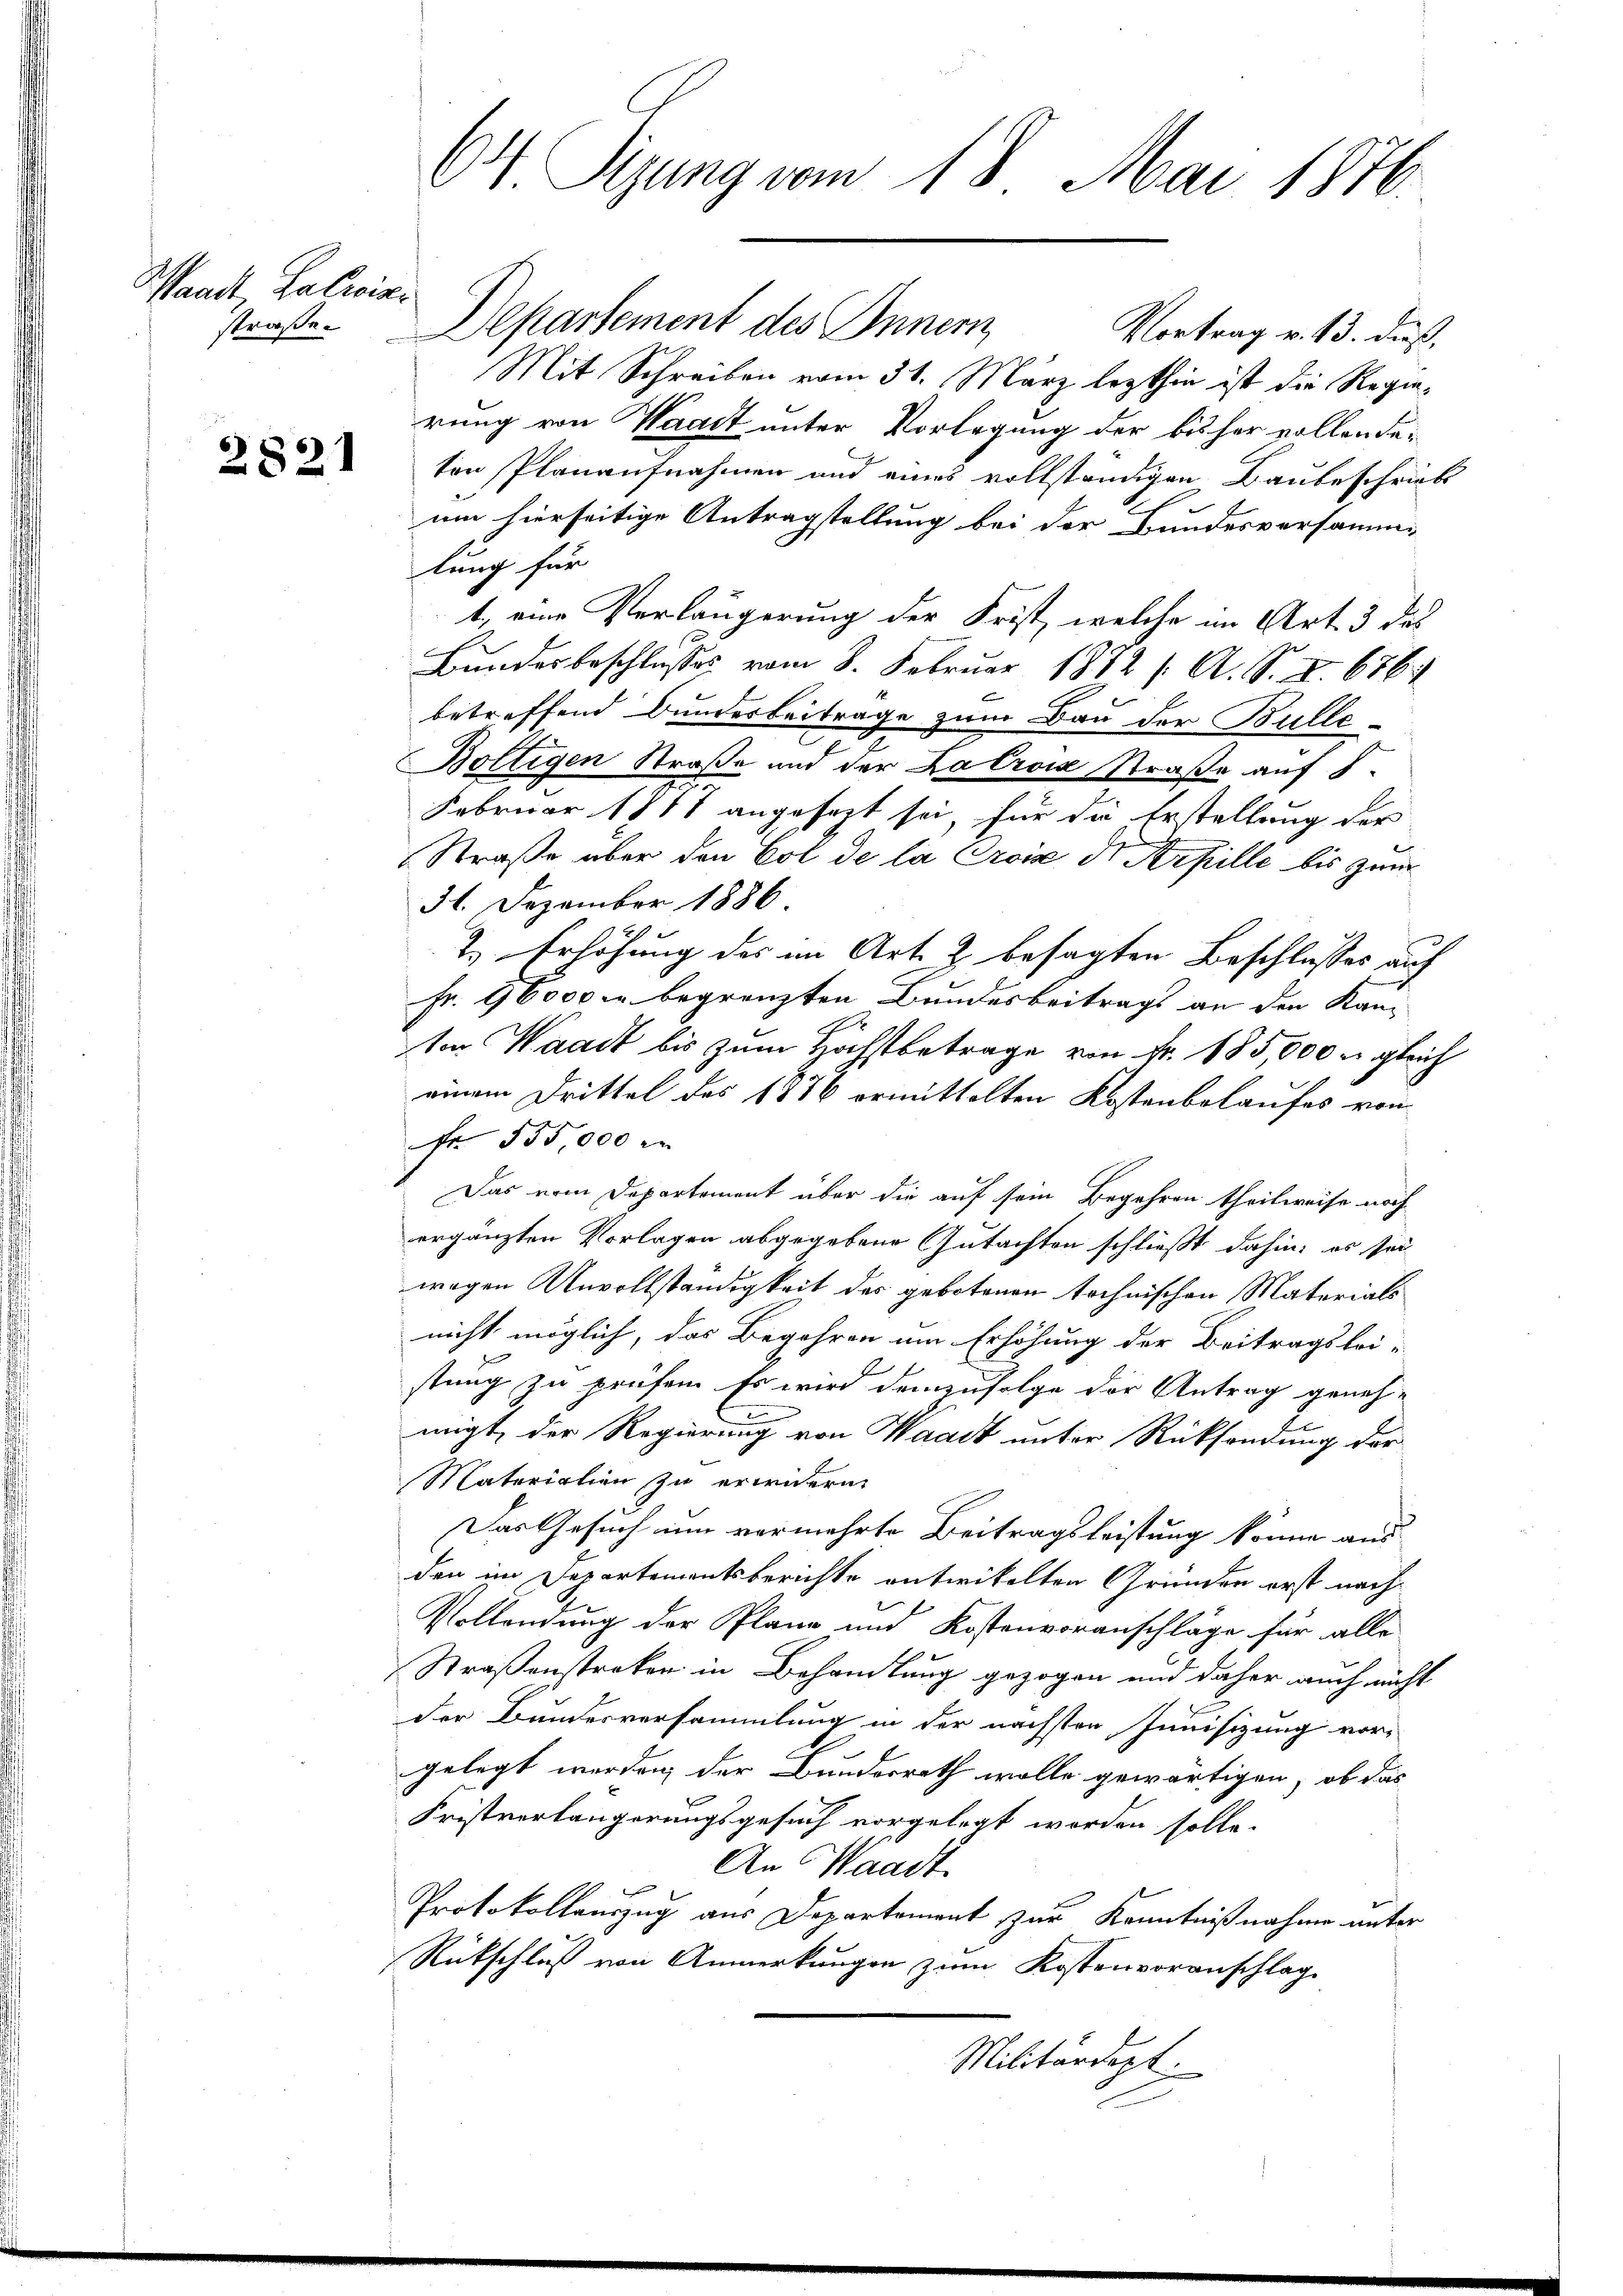
Standt, Balwir¬

2821

64 Sizung vom 18. Mai 1876.

straße. Departement des Innern
Vortrag v. 13. dieß,
Mit Schreiben vom 31. März lezthin ist die Regierung von Waadt unter Vorlegung der bisher vollende-
ten Planaufnahmen und eines vollständigen Baubeschrieb
um hierseitige Antragstellung bei der Bundesversammlung für
t., eine Verlängerung der Frist, welche im Art. 3 des
Bundesbeschlußes vom 8. Februar 1872 /: A. S. I. 676
betreffend Bunderbeiträge zum Bau der Bulle
Boltigen Straße und der Katrois Straße auf I
Februar 1881 angesezt sei, für die Erstellung der
Straße über den Cot de la Croix der Artille bis zum
31. Dezember 1886
2. Erhöhung des im Art. 2 besagten Beschlusses auf
Fr. 96000 u. begrenzten Bundesbeitrags an den Kanton Waadt bis zum Höchstbetrage von Fr. 185,000 m gleich
einem Drittel des 1886 ermittelten Kostenbelaufes von
Fr 555,000 in
Das vom Departement über die auf sein Begehren theilweise noch
ergänzten Vorlagen abgegebene Gutachten schließt dahin, es sei
wegen Unvollständigkeit des gebotenen tochnischen Materials
nicht möglich, das Begehren um Erhöhung der Beitragslei-
stung zu prüfem Es wird demzufolge der Antrag geneh-
.
migt, der Regierung von Waadt unter Rücksendung der
Materialien zu erwidern.
Das Gesuch um vermehrte Beitragsleistung könne aus
den im Departementsberichte entwickelten Gründen erst nach
Vollendung der Plane und Kostenvoranschläge für alle
Straßenstreken in Behandlung gezogen und daher auch nicht
der Bundesversammlung in der nächsten Junisizung vor-
gelegt werden der Bundesrath wolle gewärtigen, ob das
Fristverlängerungsgesuch vorgelegt worden solle.
An Waadt.
Protokollauszug aus Departement zur Kenntnißnahme unter
Rückschluß von Anmerkungen zum Kostenvoranschlag
Militärdept.